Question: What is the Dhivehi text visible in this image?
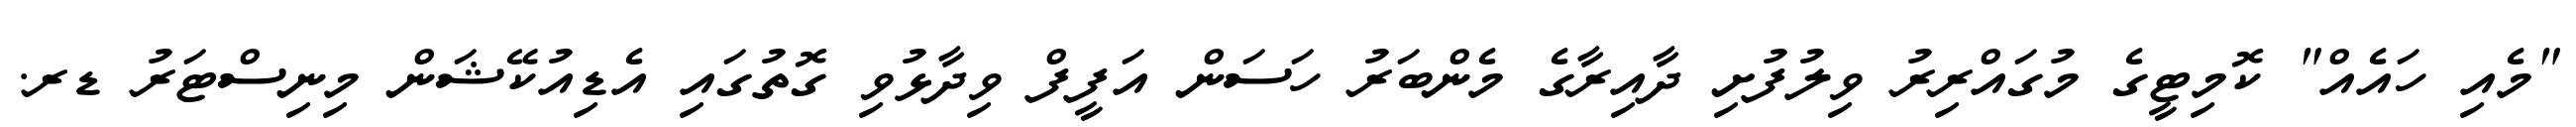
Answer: "މެއި ހައެއް" ކޮމިޓީގެ މުގައްރިރު ވިލުފުށި ދާއިރާގެ މެންބަރު ހަސަން އަފީފް ވިދާޅުވި ގޮތުގައި އެޑިއުކޭޝަން މިނިސްޓަރު ޑރ.